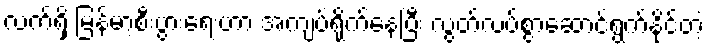
လက်ရှိ မြန်မာ့စီးပွားရေးဟာ အကျပ်ရိုက်နေပြီး လွတ်လပ်စွာဆောင်ရွက်နိုင်တဲ့